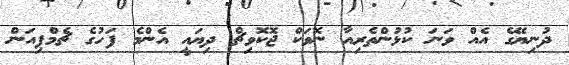
ދުނިޔޭގެ އެއް ވަނަ ކުޅުންތެރިއާ ނޮވަކް ޖޮކޮވިޗް ދިޔައީ އެންމެ ފަހުގެ ޗެމްޕިއަން